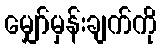
မျှော်မှန်းချက်ကို